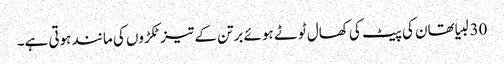
30 لبیا تھان کی پیٹ کی کھال ٹوٹے ہوئے برتن کے تیز ٹکڑوں کی مانند ہوتی ہے۔